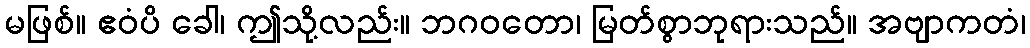
မဖြစ်။ ဧဝံပိ ခေါ၊ ဤသို့လည်း။ ဘဂဝတော၊ မြတ်စွာဘုရားသည်။ အဗျာကတံ၊